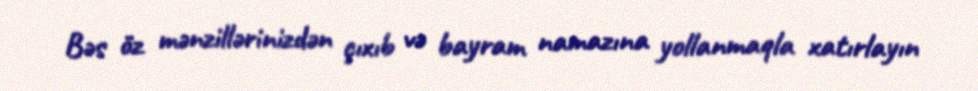
Bəs öz mənzillərinizdən çıxıb və bayram namazına yollanmaqla xatırlayın